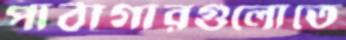
পাঠাগারগুলোতে